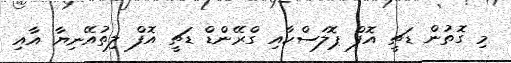
މި ގޮތުން ޑަޗީ އޮފް ޕޮލަސްކާއި ގްރޭންޑް ޑަޗީ އޮފް ލިތުއޭނިޔާ އާއި